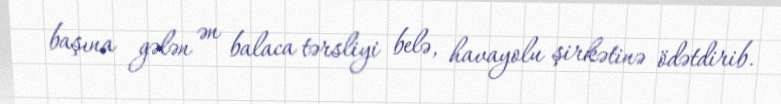
başına gələn ən balaca tərsliyi belə, havayolu şirkətinə ödətdirib.